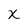
Character: X